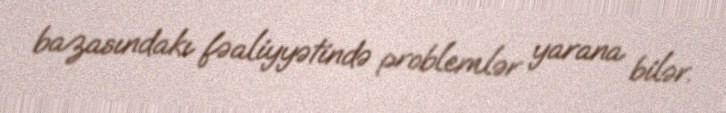
bazasındakı fəaliyyətində problemlər yarana bilər.